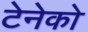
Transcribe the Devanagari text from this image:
टेनेको